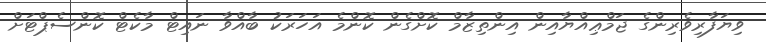
ވިޔަފާރިވެރިންގެ ޖަމްޢިއްޔާއިން އިންތިޒާމް ކޮށްގެން ކޮންމެ އަހަރަކު ބާއްވާ ނައިޓް މާކެޓް ކޮންސެޕްޓަށް